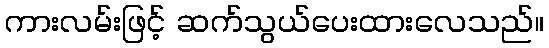
ကားလမ်းဖြင့် ဆက်သွယ်ပေးထားလေသည်။